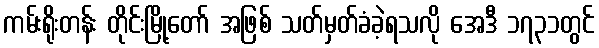
ကမ်းရိုးတန်း တိုင်းမြို့တော် အဖြစ် သတ်မှတ်ခံခဲ့ရသလို အေဒီ ၁၇၃၁တွင်